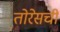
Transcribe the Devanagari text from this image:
तोरेसची